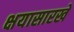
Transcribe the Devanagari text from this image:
क्षयासारखे